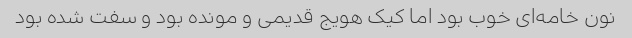
نون خامه‌ای خوب بود اما کیک هویج قدیمی و مونده بود و سفت شده بود